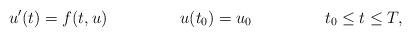
LaTeX: \begin{align*} u'(t) & = f(t,u) & u(t_0) & = u_0 & t_0\le t \le T,\end{align*}